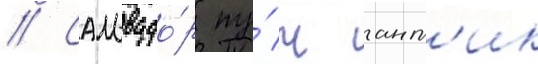
// Сальвадо́р пу́ч ант'ик